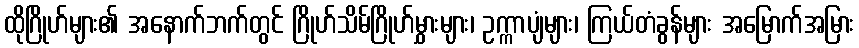
ထိုဂြိုဟ်များ၏ အနောက်ဘက်တွင် ဂြိုဟ်သိမ်ဂြိုဟ်မွှားများ၊ ဥက္ကာပျံများ၊ ကြယ်တံခွန်များ အမြောက်အမြား